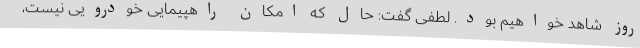
روز شاهد خواهیم بود. لطفی گفت: حال که امکان راهپیمایی خودرویی نیست،